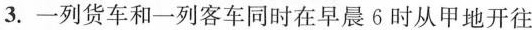
3.一列货车和一列客车同时在早晨6时从甲地开往